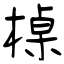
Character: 槕